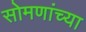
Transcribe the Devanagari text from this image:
सोमणांच्या